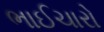
ભાઈચારો